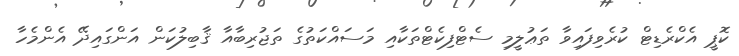
ކޮޕީ އެކްރެޑިޓް ކުރެވިފައިވާ ތަޢުލީމި ސެޓްފިކެޓްތަކާއި މަސައްކަތުގެ ތަޖުރިބާއާ ޤާބިލުކަން އަންގައިދޭ އެންމެހާ